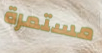
مستمرة